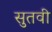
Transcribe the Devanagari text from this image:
सुतवी